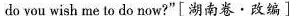
do you wish me to do now?”[湖南卷·改编]